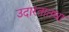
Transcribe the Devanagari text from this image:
उदारतातथा